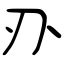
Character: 刅